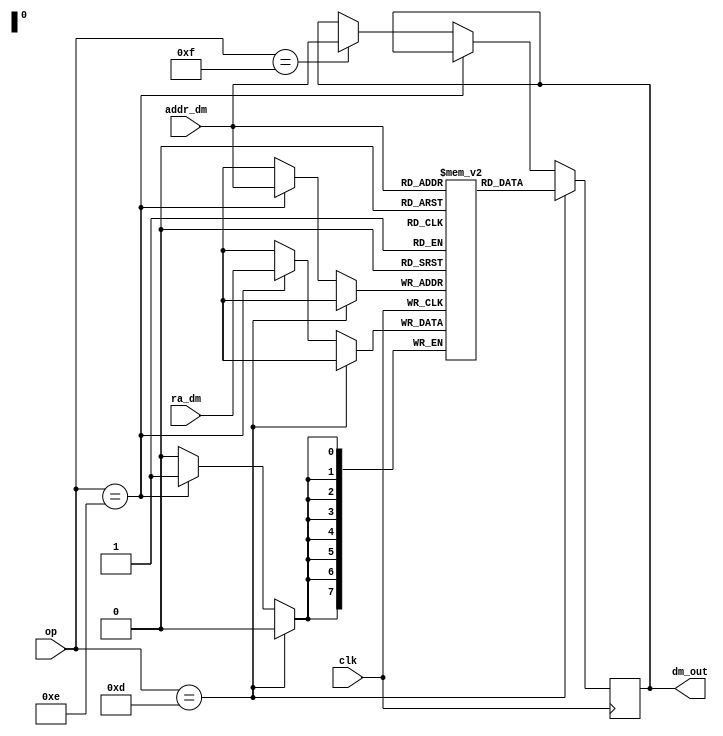
//Data Memory Module
module dataMemory(clk, op, ra_dm, addr_dm, dm_out);

input clk;
input [7:0]ra_dm; // Data from register being operated on
input [3:0]op; // Opcode from byte 1
input [7:0]addr_dm; // Address in data memory array
output [7:0] dm_out;

reg [7:0] read_data_dm;
reg [7:0]datamem[0:255]; // Memory of 256 bytes

integer i;
initial begin
read_data_dm <= 0; // Initial value of read_data_dm set to 0
	for (i = 0; i < 256; i = i + 1) begin 
		datamem[i] = i; // Fills data memory with address number
	end
end


always @(posedge clk) begin
	if(op == 4'b1101) begin // Load instruction OP=13
		read_data_dm <= datamem[addr_dm]; // Read_data is set to those values of datamem address
	end
	else if(op == 4'b1110) begin // Store instruction OP=14
		datamem[addr_dm] <= ra_dm; // Memory address space is set to write_data
	end
	else if(op == 4'b1111) begin
		read_data_dm <= addr_dm; 
	end
	
end

assign dm_out = read_data_dm; 

endmodule